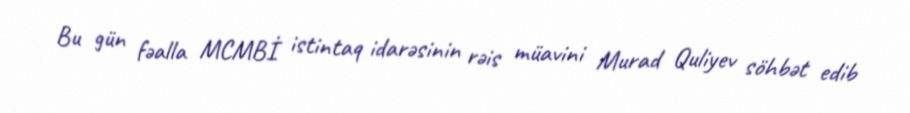
Bu gün fəalla MCMBİ istintaq idarəsinin rəis müavini Murad Quliyev söhbət edib